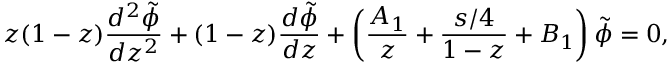
z ( 1 - z ) { \frac { d ^ { 2 } \tilde { \phi } } { d z ^ { 2 } } } + ( 1 - z ) { \frac { d \tilde { \phi } } { d z } } + \left( { \frac { A _ { 1 } } { z } } + { \frac { s / 4 } { 1 - z } } + B _ { 1 } \right) \tilde { \phi } = 0 ,